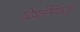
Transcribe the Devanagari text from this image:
विषलैंगिकता